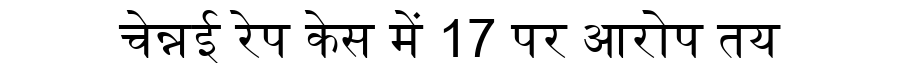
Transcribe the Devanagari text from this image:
चेन्नई रेप केस में 17 पर आरोप तय